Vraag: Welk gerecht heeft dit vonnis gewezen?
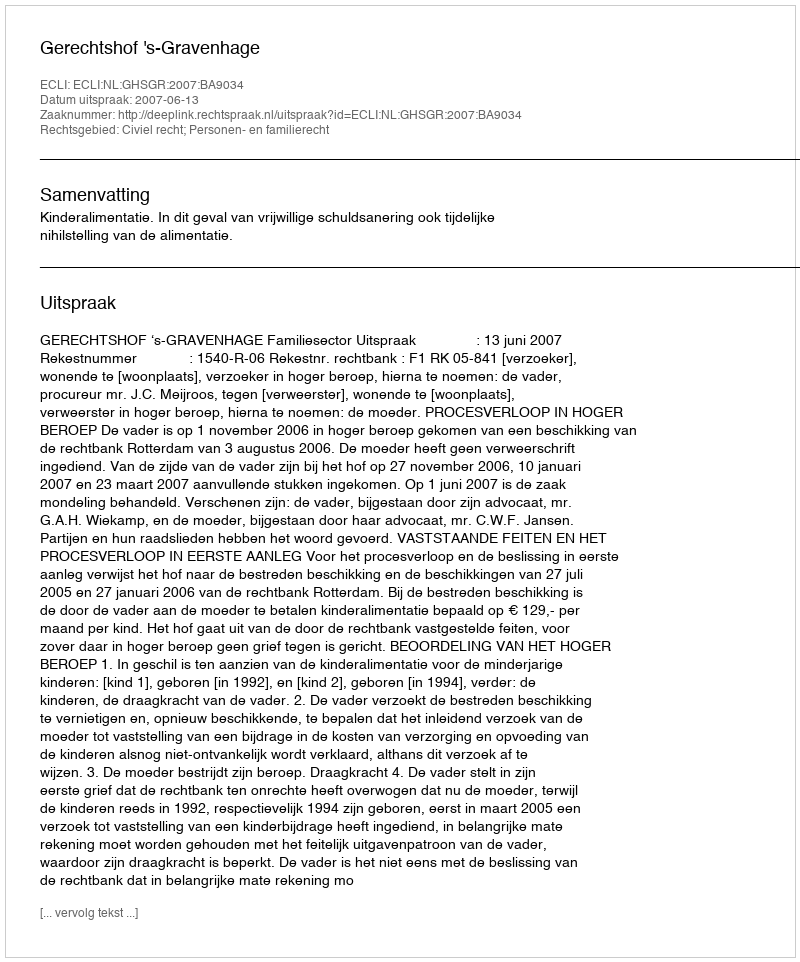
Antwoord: Gerechtshof 's-Gravenhage